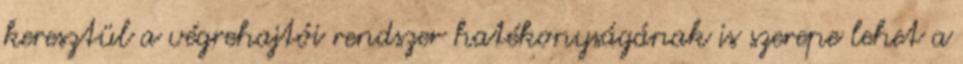
keresztül a végrehajtói rendszer hatékonyságának is szerepe lehet a